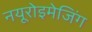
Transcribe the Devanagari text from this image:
नयूरोइमेजिंग